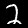
Label: 2